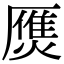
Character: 㷳